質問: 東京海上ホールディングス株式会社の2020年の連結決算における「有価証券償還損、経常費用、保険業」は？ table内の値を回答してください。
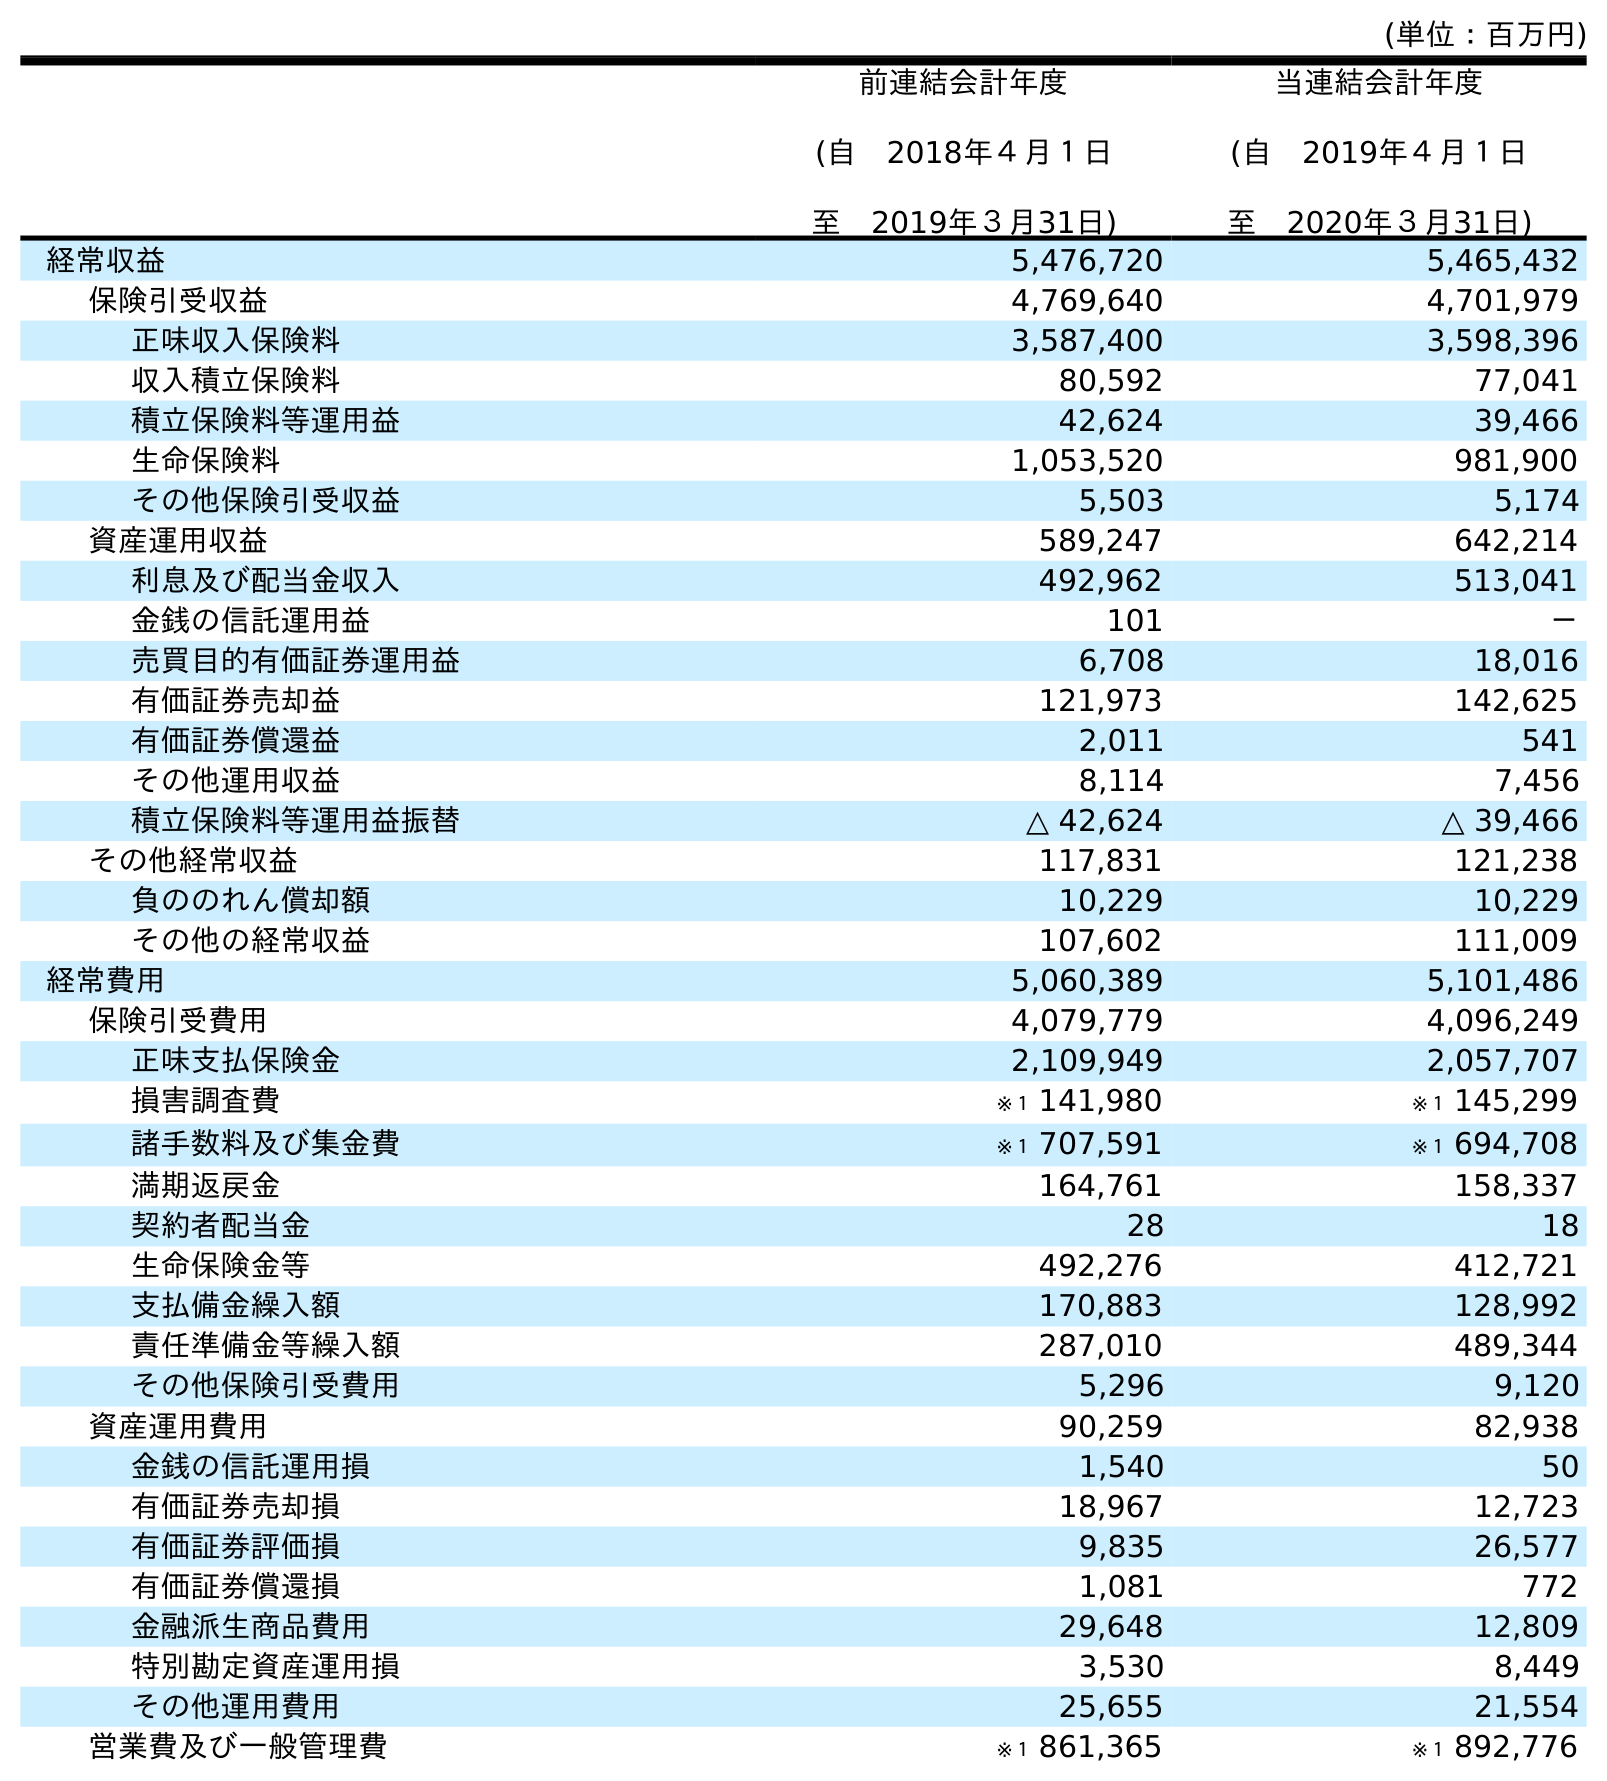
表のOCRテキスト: (単位：百万円) 前連結会計年度 (自 2018年４月１日 至 2019年３月31日) 当連結会計年度 (自 2019年４月１日 至 2020年３月31日) 経常収益 5,476,720 5,465,432 保険引受収益 4,769,640 4,701,979 正味収入保険料 3,587,400 3,598,396 収入積立保険料 80,592 77,041 積立保険料等運用益 42,624 39,466 生命保険料 1,053,520 981,900 その他保険引受収益 5,503 5,174 資産運用収益 589,247 642,214 利息及び配当金収入 492,962 513,041 金銭の信託運用益 101 － 売買目的有価証券運用益 6,708 18,016 有価証券売却益 121,973 142,625 有価証券償還益 2,011 541 その他運用収益 8,114 7,456 積立保険料等運用益振替 △ 42,624 △ 39,466 その他経常収益 117,831 121,238 負ののれん償却額 10,229 10,229 その他の経常収益 107,602 111,009 経常費用 5,060,389 5,101,486 保険引受費用 4,079,779 4,096,249 正味支払保険金 2,109,949 2,057,707 損害調査費 ※１ 141,980 ※１ 145,299 諸手数料及び集金費 ※１ 707,591 ※１ 694,708 満期返戻金 164,761 158,337 契約者配当金 28 18 生命保険金等 492,276 412,721 支払備金繰入額 170,883 128,992 責任準備金等繰入額 287,010 489,344 その他保険引受費用 5,296 9,120 資産運用費用 90,259 82,938 金銭の信託運用損 1,540 50 有価証券売却損 18,967 12,723 有価証券評価損 9,835 26,577 有価証券償還損 1,081 772 金融派生商品費用 29,648 12,809 特別勘定資産運用損 3,530 8,449 その他運用費用 25,655 21,554 営業費及び一般管理費 ※１ 861,365 ※１ 892,776
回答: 772